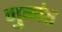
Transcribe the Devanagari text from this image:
गुळांत